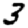
Digit: 3